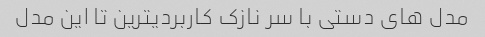
مدل های دستی با سر نازک کاربردیترین تا این مدل